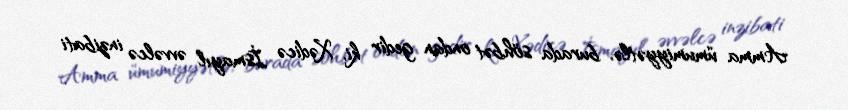
Amma ümumiyyətlə, burada söhbət ondan gedir ki, Xədicə İsmayıl əvvəlcə inzibati